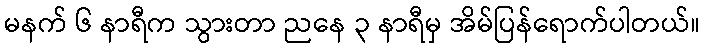
မနက် ၆ နာရီက သွားတာ ညနေ ၃ နာရီမှ အိမ်ပြန်ရောက်ပါတယ်။